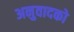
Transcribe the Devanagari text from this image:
अनुवादको